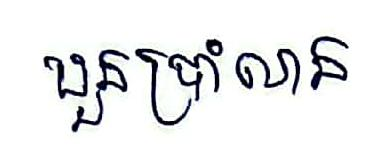
បួនប្រាំលាន